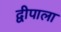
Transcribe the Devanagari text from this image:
द्वीपाला